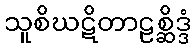
သူစိဃဋိတာဠစ္ဆိဒ္ဒံ